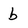
Character: b